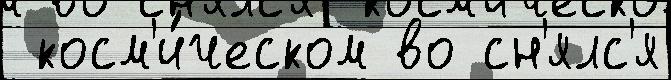
 косм'и́ческом во сн'ялс'я